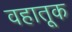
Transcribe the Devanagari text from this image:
वहातूक